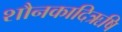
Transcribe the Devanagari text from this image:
शौनकादिऋषि